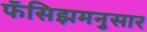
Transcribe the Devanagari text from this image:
फॅसिझमनुसार